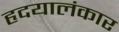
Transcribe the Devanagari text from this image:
हृदयालंकार